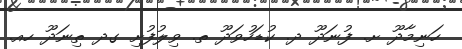
ހަނިމާދޫ ށ. ފުނަދޫ ދ. ކުޑަހުވަދޫ ތ. ވިލުފުށި ގދ ތިނަދޫ ހއ.